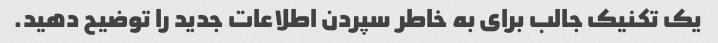
یک تکنیک جالب برای به خاطر سپردن اطلاعات جدید را توضیح دهید.